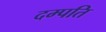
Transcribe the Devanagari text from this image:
दम्‍पति